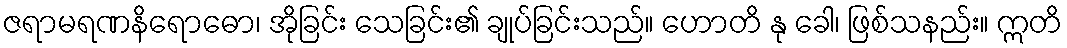
ဇရာမရဏနိရောဓော၊ အိုခြင်း သေခြင်း၏ ချုပ်ခြင်းသည်။ ဟောတိ နု ခေါ၊ ဖြစ်သနည်း။ ဣတိ